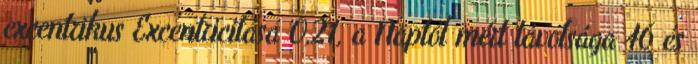
excentrikus Excentricitása 0,21, a Naptól mért távolsága 46 és